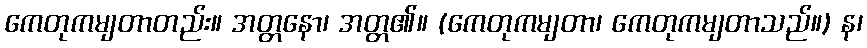
ကေတုကမျတာတည်း။ အတ္တနော၊ အတ္တ၏။ (ကေတုကမျတာ၊ ကေတုကမျတာသည်။) န၊